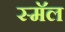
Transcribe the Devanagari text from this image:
स्मॅल